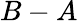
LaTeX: B-A